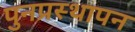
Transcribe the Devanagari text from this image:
पुनप्रस्थापन